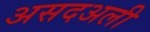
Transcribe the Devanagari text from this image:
असदअली